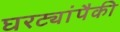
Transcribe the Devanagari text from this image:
घरट्यांपैकी